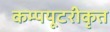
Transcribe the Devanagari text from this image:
कम्‍पयूटरीकृत